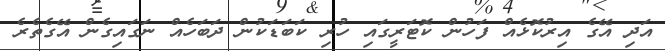
އަދި އޭގެ އިރުކޮޅެއް ފަހުން ކޮޓަރީގައި ހުރި ކަބަޑަކުން ދަބަހެއް ނަގައިގެން އޭގެތެރެ